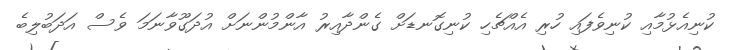
ކުނިއެޅުމާއި ކުނިވެފައި ހުރި އެއްޗެހި ކުނިގޮނޑަށް ގެންދާއިރު އާންމުންނަށް އުދަގޫވާނަމަ ވެސް އަދަބުލިބެ